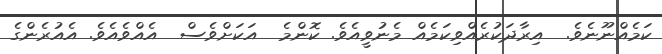
ކަމެއްނޫނެވެ.  އިރާދަކުރެއްވިކަމެއް މެނުވީއެވެ. ކޮންމެ  އަކަށްވެސް  އެއްވެއެވެ. އެއުރެންގެ